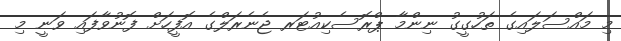
މި މައްސަލައިގެ ތަހުގީގު ނިންމާ ޕްރޮސެކިއުޓަރ ޖެނެރަލްގެ އޮފީހަށް ފޮނުވާފައި ވަނީ މި